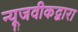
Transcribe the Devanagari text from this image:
न्यूजवीकद्वारा